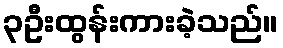
၃ဦးထွန်းကားခဲ့သည်။